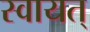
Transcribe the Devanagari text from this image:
स्वायत्